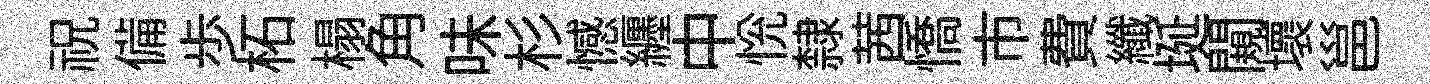
祝備歩柘榻角味杉憾纒中恱隸茜憍市費纖埏闚壞邕